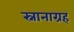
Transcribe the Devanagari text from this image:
स्नानाग्रह